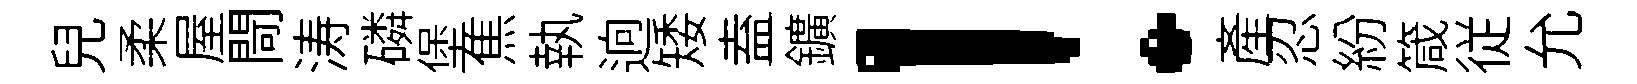
兒柔屋閜涛磷堡焦執逈矮盍鑛！産忍紛箴従允